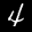
Label: 4